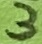
Text: 3